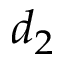
d _ { 2 }